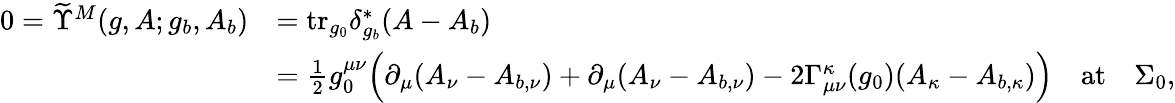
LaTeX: \begin{array}{rl}{0=\widetilde{\Upsilon}^{M}(g,A;g_{b},A_{b})}&{=\mathrm{tr}_{g_{0}}\delta_{g_{b}}^{*}(A-A_{b})}\\ &{=\frac{1}{2}g_{0}^{\mu\nu}\Big(\partial_{\mu}(A_{\nu}-A_{b,\nu})+\partial_{\mu}(A_{\nu}-A_{b,\nu})-2\Gamma_{\mu\nu}^{\kappa}(g_{0})(A_{\kappa}-A_{b,\kappa})\Big)\quad\mathrm{at}\quad\Sigma_{0},}\end{array}